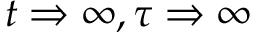
t \Rightarrow \infty , \tau \Rightarrow \infty